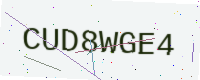
Text: CUD8WGE4